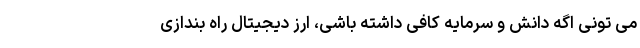
می تونی اگه دانش و سرمایه کافی داشته باشی، ارز دیجیتال راه بندازی